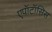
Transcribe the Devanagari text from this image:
एपॉटॉसिस